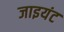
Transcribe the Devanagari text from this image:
जाइयंट